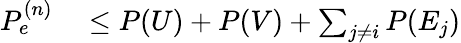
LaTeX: \begin{array}{rl}{P_{e}^{(n)}}&{{}\leq P(U)+P(V)+\sum_{j\neq i}P(E_{j})}\end{array}